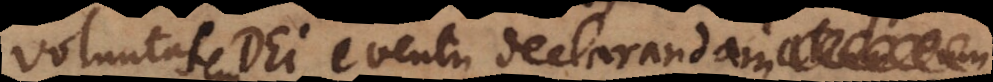
voluntatem Dei eventu declarandam